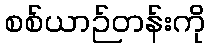
စစ်ယာဉ်တန်းကို